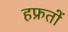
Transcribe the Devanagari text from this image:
हफ्रतों